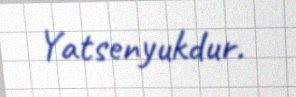
Yatsenyukdur.